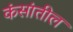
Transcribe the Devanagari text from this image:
कंसांतील